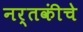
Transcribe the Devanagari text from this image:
नर्तकींचे